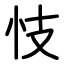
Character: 忮